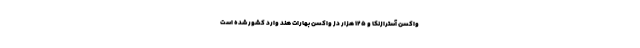
واکسن آسترازنکا و ۱۲۵ هزار دُز واکسن بهارات هند وارد کشور شده است